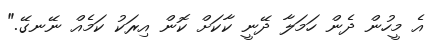
އެ މީހުން ދެން ހަމަލާ ދޭނީ ކާކަށް ކޮން އިރަކު ކަމެއް ނޭނގޭ."